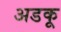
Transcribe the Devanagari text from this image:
अडकू